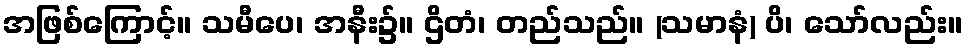
အဖြစ်ကြောင့်။ သမီပေ၊ အနီး၌။ ဌိတံ၊ တည်သည်။ (သမာနံ) ပိ၊ သော်လည်း။